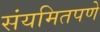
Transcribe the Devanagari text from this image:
संयमितपणे